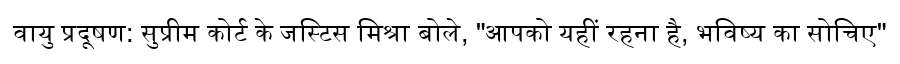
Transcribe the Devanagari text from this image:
वायु प्रदूषण: सुप्रीम कोर्ट के जस्टिस मिश्रा बोले, "आपको यहीं रहना है, भविष्य का सोचिए"